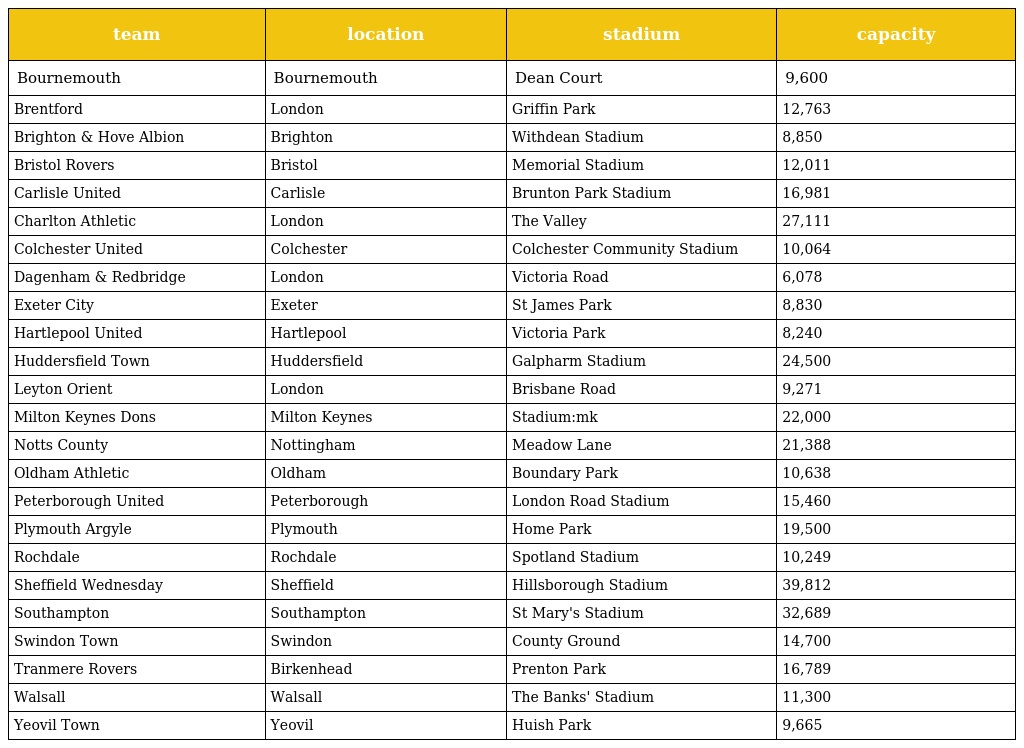
| team | location | stadium | capacity |
 | --- | --- | --- | --- |
 | Bournemouth | Bournemouth | Dean Court | 9,600 |
 | Brentford | London | Griffin Park | 12,763 |
 | Brighton & Hove Albion | Brighton | Withdean Stadium | 8,850 |
 | Bristol Rovers | Bristol | Memorial Stadium | 12,011 |
 | Carlisle United | Carlisle | Brunton Park Stadium | 16,981 |
 | Charlton Athletic | London | The Valley | 27,111 |
 | Colchester United | Colchester | Colchester Community Stadium | 10,064 |
 | Dagenham & Redbridge | London | Victoria Road | 6,078 |
 | Exeter City | Exeter | St James Park | 8,830 |
 | Hartlepool United | Hartlepool | Victoria Park | 8,240 |
 | Huddersfield Town | Huddersfield | Galpharm Stadium | 24,500 |
 | Leyton Orient | London | Brisbane Road | 9,271 |
 | Milton Keynes Dons | Milton Keynes | Stadium:mk | 22,000 |
 | Notts County | Nottingham | Meadow Lane | 21,388 |
 | Oldham Athletic | Oldham | Boundary Park | 10,638 |
 | Peterborough United | Peterborough | London Road Stadium | 15,460 |
 | Plymouth Argyle | Plymouth | Home Park | 19,500 |
 | Rochdale | Rochdale | Spotland Stadium | 10,249 |
 | Sheffield Wednesday | Sheffield | Hillsborough Stadium | 39,812 |
 | Southampton | Southampton | St Mary's Stadium | 32,689 |
 | Swindon Town | Swindon | County Ground | 14,700 |
 | Tranmere Rovers | Birkenhead | Prenton Park | 16,789 |
 | Walsall | Walsall | The Banks' Stadium | 11,300 |
 | Yeovil Town | Yeovil | Huish Park | 9,665 |